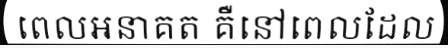
ពេលអនាគត គឺនៅពេលដែល